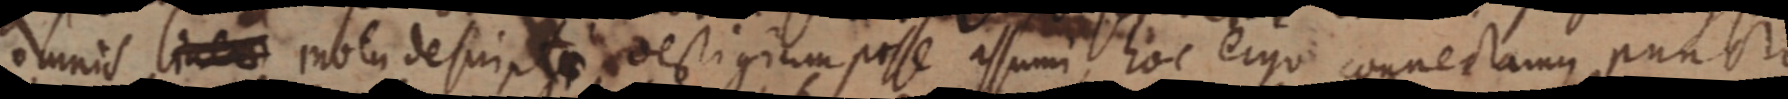
omnis line motu descripta vestigium posse assumi, hoc ergo connectamus puncto